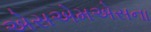
એસએમએસના